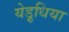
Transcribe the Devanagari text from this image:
येड़ुधिया